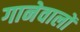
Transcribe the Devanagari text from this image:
गानेवालों